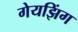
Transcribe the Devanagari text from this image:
गेयझिंग